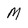
Character: M